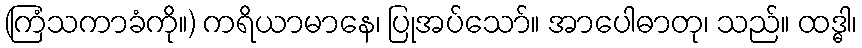
(ကြံသကာခံကို။) ကရိယာမာနေ၊ ပြုအပ်သော်။ အာပေါဓာတု၊ သည်။ ထဒ္ဓါ၊